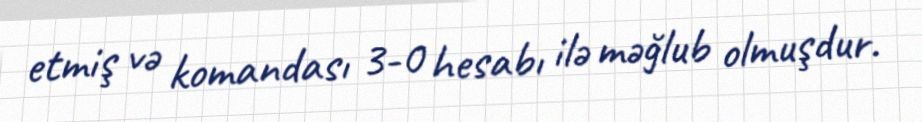
etmiş və komandası 3-0 hesabı ilə məğlub olmuşdur.